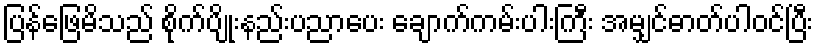
ပြန်ဖြေမိသည် စိုက်ပျိုးနည်းပညာပေး ချောက်ကမ်းပါးကြီး အမျှင်ဓာတ်ပါဝင်ပြီး